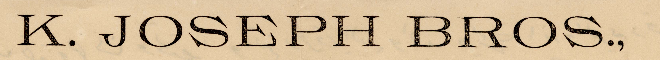
K. JOSEPH BROS.,